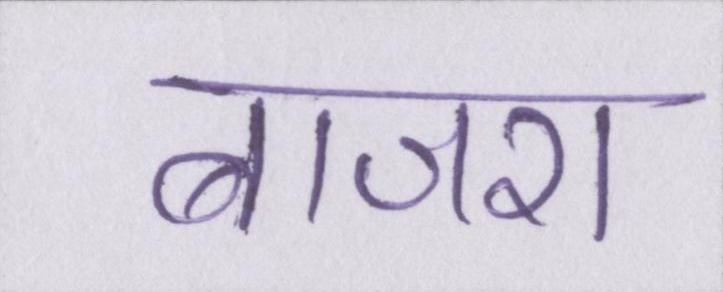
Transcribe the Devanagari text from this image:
बाजरा